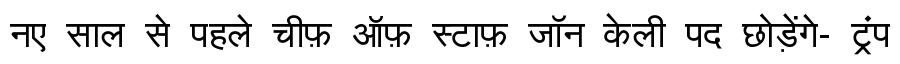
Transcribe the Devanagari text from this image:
नए साल से पहले चीफ़ ऑफ़ स्टाफ़ जॉन केली पद छोड़ेंगे- ट्रंप